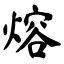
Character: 熔